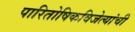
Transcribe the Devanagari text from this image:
पारितोषिकविजेत्यांची